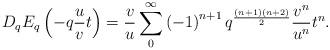
LaTeX: \begin{align*}D_{q}E_{q}\left( -q\frac{u}{v}t\right) =\frac{v}{u}\sum_{0}^{\infty }\left(-1\right) ^{n+1}q^{\frac{\left( n+1\right) \left( n+2\right) }{2}}\frac{v^{n}}{u^{n}}t^{n}. \end{align*}